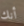
أنك